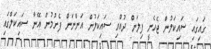
ގައިގައި ސައިކަލުން ޖެހެނީ ފިލަން ދުއްވި ސައިކަލުން އަންނަން ފެށުމުން އޭނާ ސައިކަލްގައި